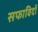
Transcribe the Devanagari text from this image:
सफाविदों